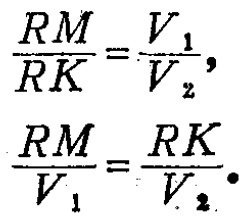
\[\frac{RM}{RK}=\frac{V_1}{V_2},\]
\[\frac{RM}{V_1}=\frac{RK}{V_2}.\]